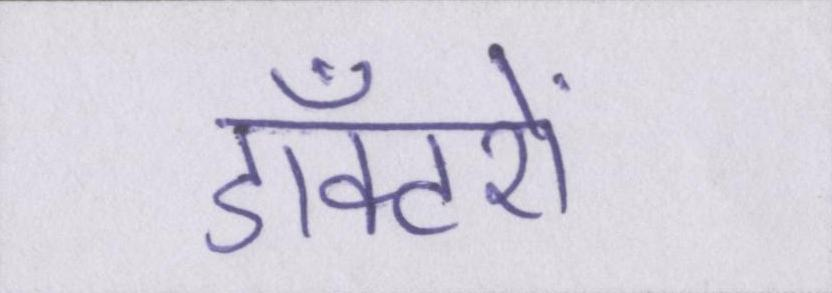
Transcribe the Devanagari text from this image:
डॉक्टरों